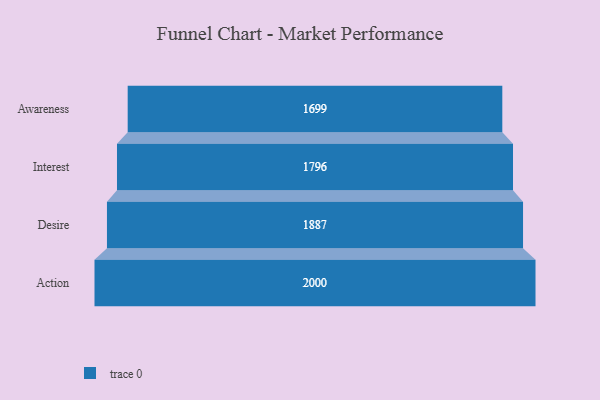
{"axis": {"x": "Stage", "y": "Value"}, "legend": [""], "data": [{"x": "Awareness", "y": 1699.0, "type": ""}, {"x": "Interest", "y": 1796.0, "type": ""}, {"x": "Desire", "y": 1887.0, "type": ""}, {"x": "Action", "y": 2000, "type": ""}]}